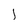
Character: l